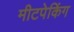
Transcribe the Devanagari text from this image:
मीटपेकिंग